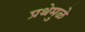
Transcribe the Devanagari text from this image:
प्रथेमुळे